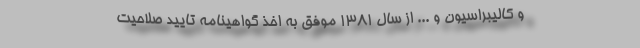
و کالیبراسیون و ... از سال 1381 موفق به اخذ گواهینامه تایید صلاحیت